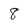
Character: 8